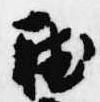
聴